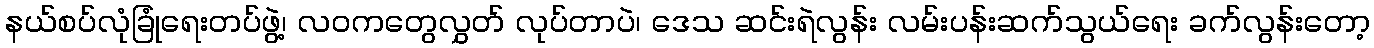
နယ်စပ်လုံခြုံရေးတပ်ဖွဲ့၊ လဝကတွေလွှတ် လုပ်တာပဲ၊ ဒေသ ဆင်းရဲလွန်း လမ်းပန်းဆက်သွယ်ရေး ခက်လွန်းတော့